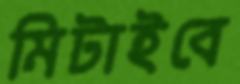
মিটাইবে